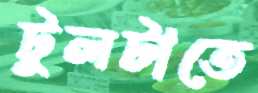
টুলটাতে